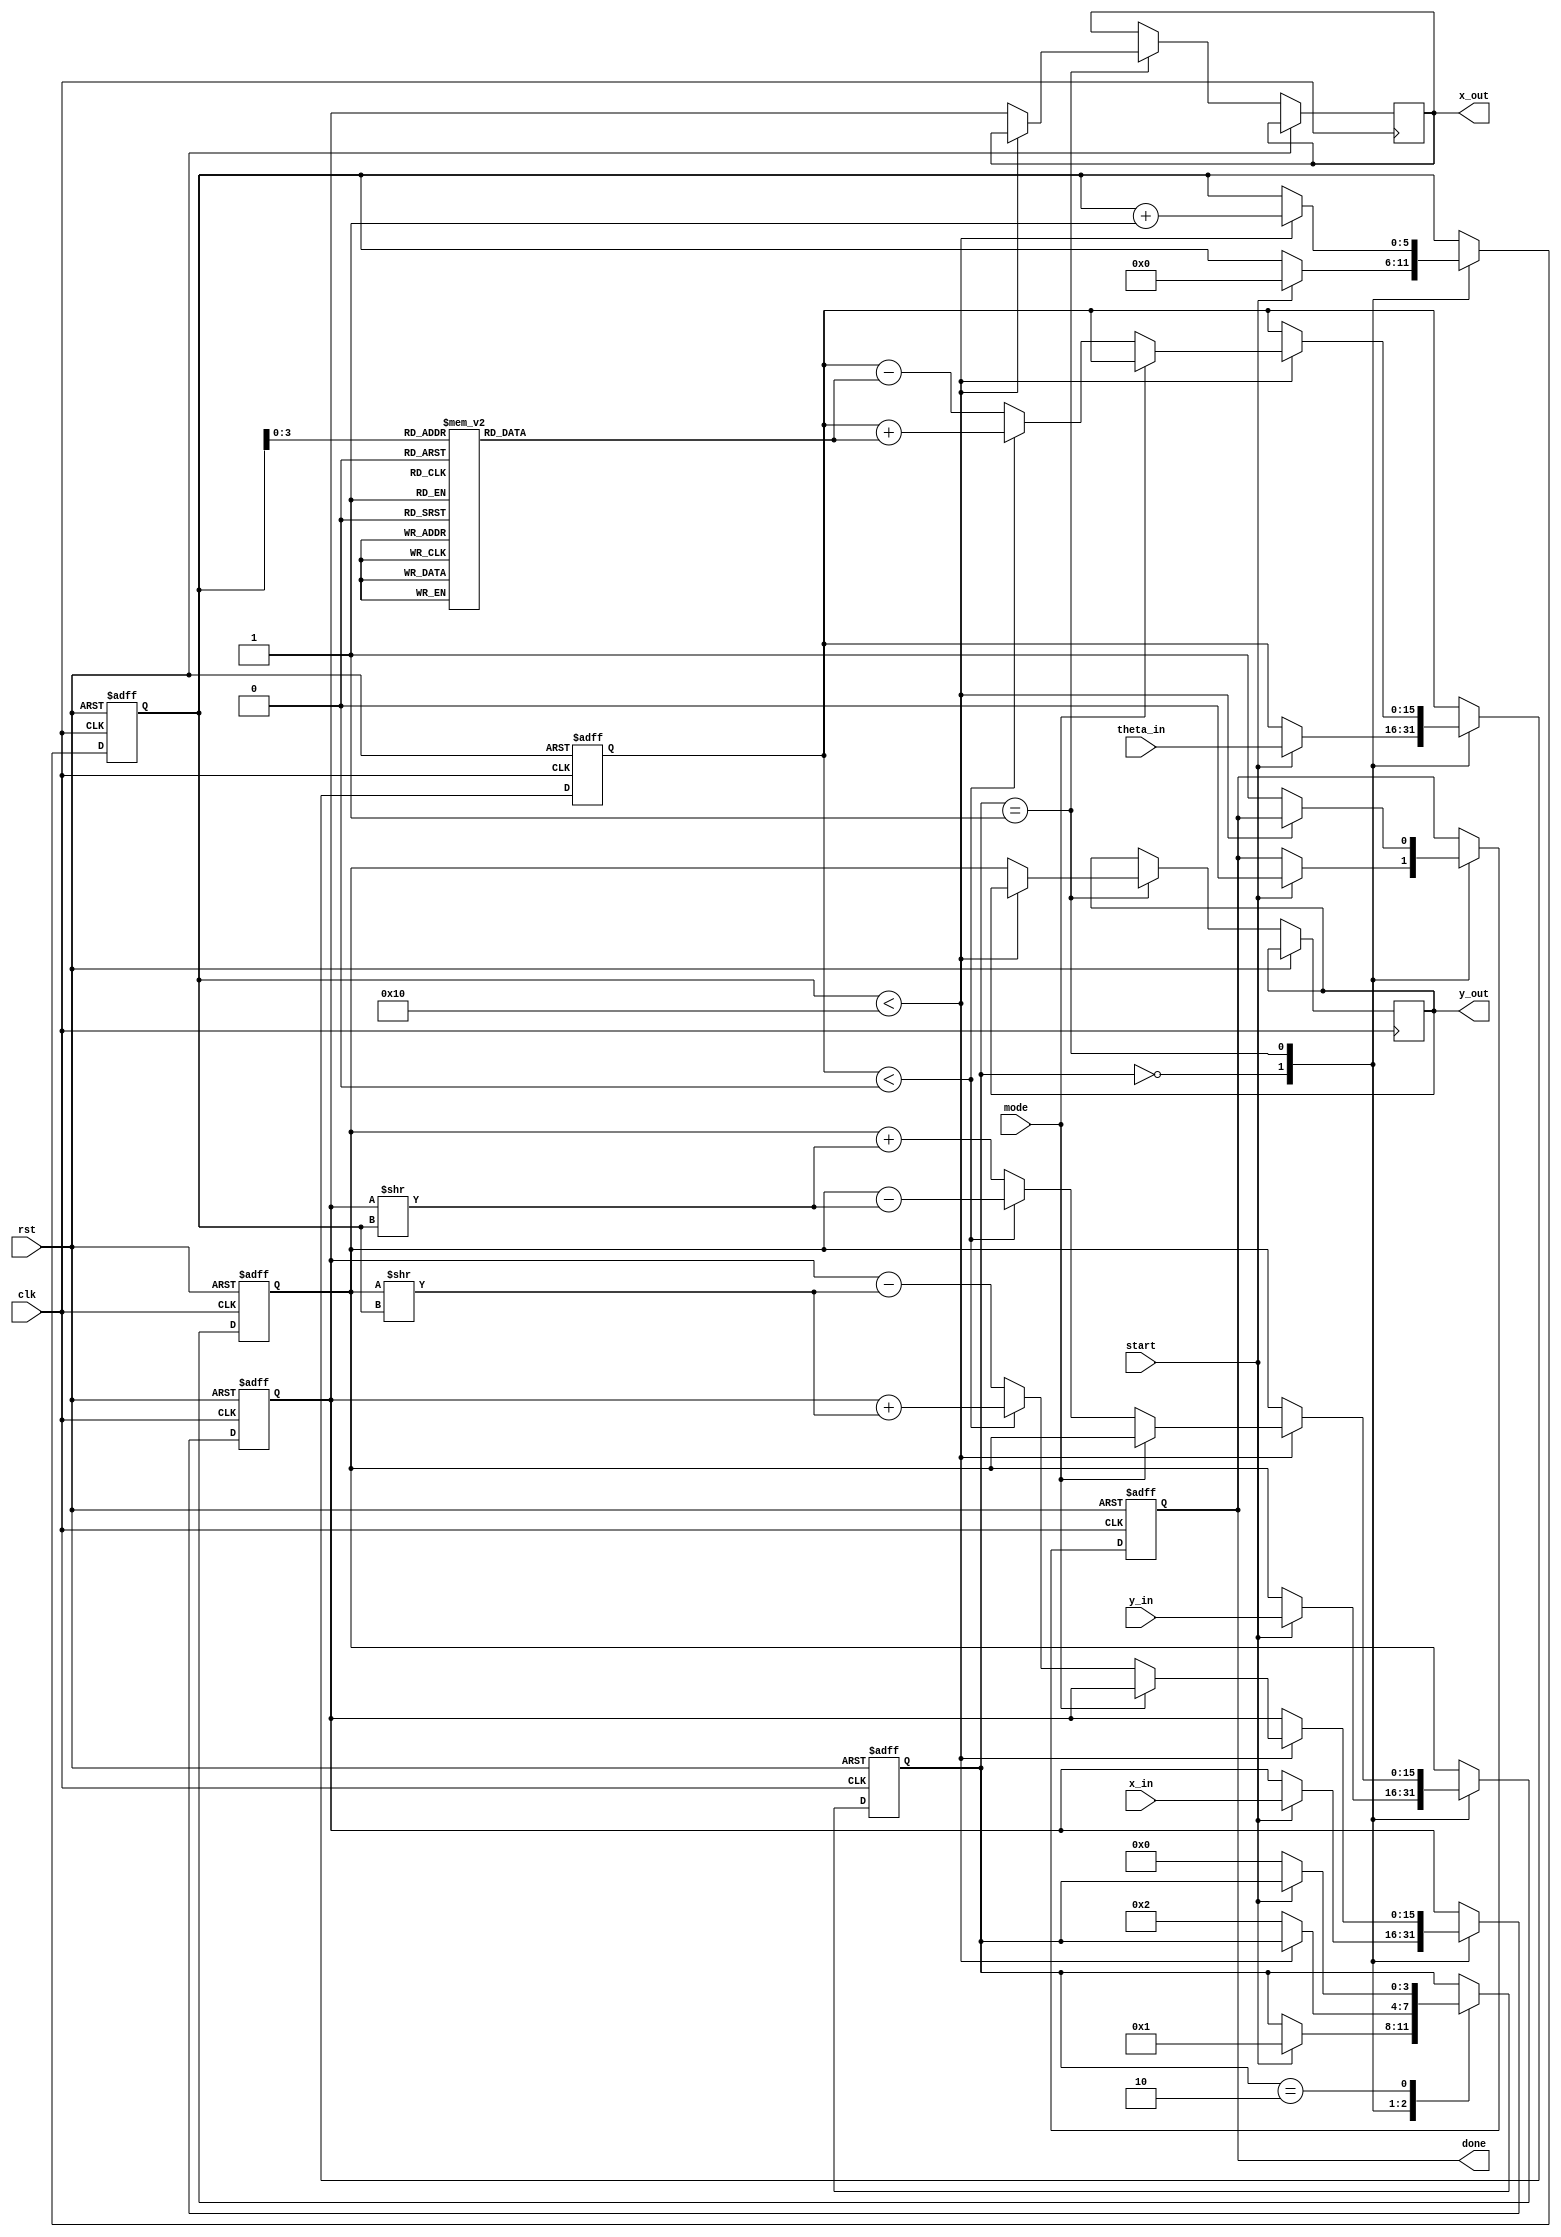
module cordic (
    input wire clk,
    input wire rst,
    input wire start,
    input wire [15:0] x_in,      // Fixed-point x input
    input wire [15:0] y_in,      // Fixed-point y input
    input wire [15:0] theta_in,  // Fixed-point theta input
    input wire mode,             // 0: Rotation, 1: Vectoring
    output reg [15:0] x_out,     // Fixed-point x output
    output reg [15:0] y_out,     // Fixed-point y output
    output reg done              // Operation done signal
);

    reg [15:0] x, y, theta;
    reg [5:0] iteration;          // Counter for iterations
    reg [3:0] state;              // FSM state
    reg [15:0] atan_table [0:15]; // Lookup table for arctangent values
    parameter IDLE = 4'b0000, EXECUTE = 4'b0001, DONE = 4'b0010;

    initial begin
        // Pre-compute arctangent values for the angles used in CORDIC
        atan_table[0] = 16'h26DD; // atan(1) = /4 in fixed-point
        atan_table[1] = 16'h1C71; // atan(0.5) = /6 in fixed-point
        atan_table[2] = 16'h1640; // atan(0.25) = /12 in fixed-point
        atan_table[3] = 16'h0F24; // atan(0.125) = /24 in fixed-point
        // More values should be added here
    end

    always @(posedge clk or posedge rst) begin
        if (rst) begin
            state <= IDLE;
            done <= 0;
            iteration <= 0;
            x <= 0;
            y <= 0;
            theta <= 0;
        end else begin
            case (state)
                IDLE: begin
                    if (start) begin
                        x <= x_in;
                        y <= y_in;
                        theta <= theta_in;
                        iteration <= 0;
                        done <= 0;
                        state <= EXECUTE;
                    end
                end
                
                EXECUTE: begin
                    if (iteration < 16) begin // Assuming 16 iterations
                        if (mode == 0) begin // Rotation mode
                            if (theta < 0) begin
                                x <= x + (y >> iteration); // x' = x + y * 2^-i
                                y <= y - (x >> iteration); // y' = y - x * 2^-i
                                theta <= theta + atan_table[iteration]; // Update theta
                            end else begin
                                x <= x - (y >> iteration); // x' = x - y * 2^-i
                                y <= y + (x >> iteration); // y' = y + x * 2^-i
                                theta <= theta - atan_table[iteration]; // Update theta
                            end
                        end else begin // Vectoring mode
                            // Implement vectoring logic here (similar to rotation)
                        end
                        iteration <= iteration + 1;
                    end else begin
                        done <= 1;
                        x_out <= x;
                        y_out <= y;
                        state <= DONE;
                    end
                end
                
                DONE: begin
                    if (!start) begin
                        state <= IDLE; // Wait for new operation
                    end
                end
            endcase
        end
    end
endmodule